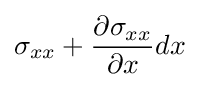
\sigma _{xx}+{\frac {\partial \sigma _{xx}}{\partial x}}dx